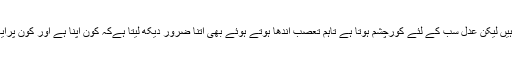
یوں تو عدل اور تعصب دونوں ہی اندھے ہوتے ہیں لیکن عدل سب کے لئے کورچشم ہوتا ہے تاہم تعصب اندھا ہوتے ہوئے بھی اتنا ضرور دیکھ لیتا ہےکہ کون اپنا ہے اور کون پرایا اور کسے ریوڑھیاں بانٹنی ہے اور کسے نہیں۔